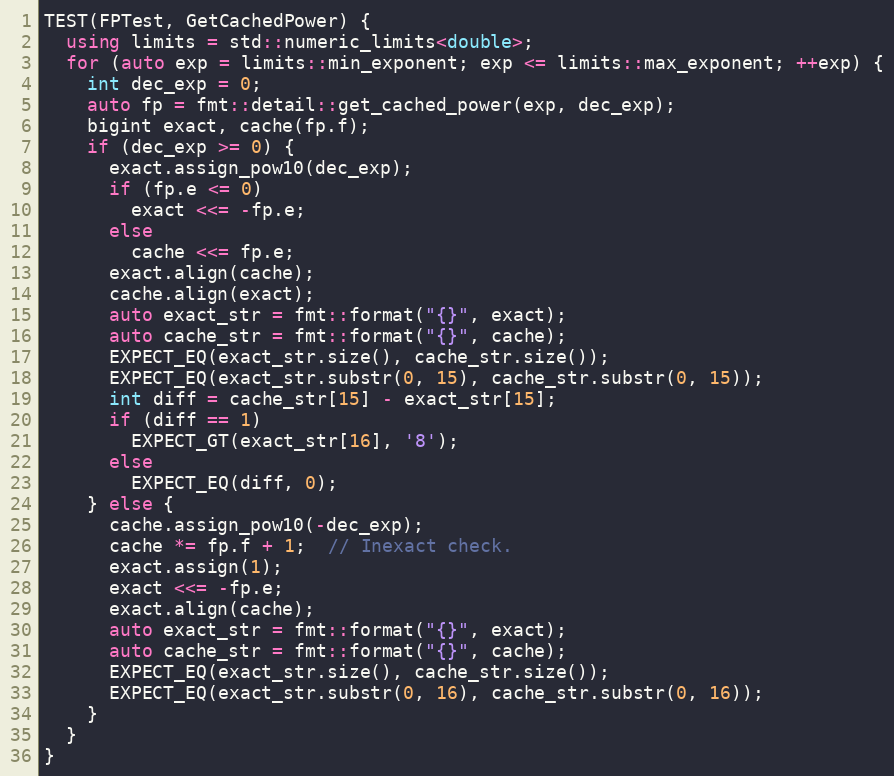
Language: C++
TEST(FPTest, GetCachedPower) {
  using limits = std::numeric_limits<double>;
  for (auto exp = limits::min_exponent; exp <= limits::max_exponent; ++exp) {
    int dec_exp = 0;
    auto fp = fmt::detail::get_cached_power(exp, dec_exp);
    bigint exact, cache(fp.f);
    if (dec_exp >= 0) {
      exact.assign_pow10(dec_exp);
      if (fp.e <= 0)
        exact <<= -fp.e;
      else
        cache <<= fp.e;
      exact.align(cache);
      cache.align(exact);
      auto exact_str = fmt::format("{}", exact);
      auto cache_str = fmt::format("{}", cache);
      EXPECT_EQ(exact_str.size(), cache_str.size());
      EXPECT_EQ(exact_str.substr(0, 15), cache_str.substr(0, 15));
      int diff = cache_str[15] - exact_str[15];
      if (diff == 1)
        EXPECT_GT(exact_str[16], '8');
      else
        EXPECT_EQ(diff, 0);
    } else {
      cache.assign_pow10(-dec_exp);
      cache *= fp.f + 1;  // Inexact check.
      exact.assign(1);
      exact <<= -fp.e;
      exact.align(cache);
      auto exact_str = fmt::format("{}", exact);
      auto cache_str = fmt::format("{}", cache);
      EXPECT_EQ(exact_str.size(), cache_str.size());
      EXPECT_EQ(exact_str.substr(0, 16), cache_str.substr(0, 16));
    }
  }
}